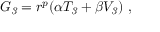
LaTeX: G _ { \it 3 } = r ^ { p } ( \alpha T _ { \it 3 } + \beta V _ { \it 3 } ) \ ,